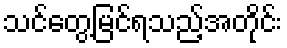
သင်တွေ့မြင်ရသည့်အတိုင်း